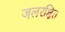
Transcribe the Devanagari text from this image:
जलरक्षित